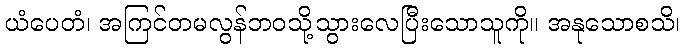
ယံပေတံ၊ အကြင်တမလွန်ဘဝသို့သွားလေပြီးသောသူကို။ အနုသောစသိ၊